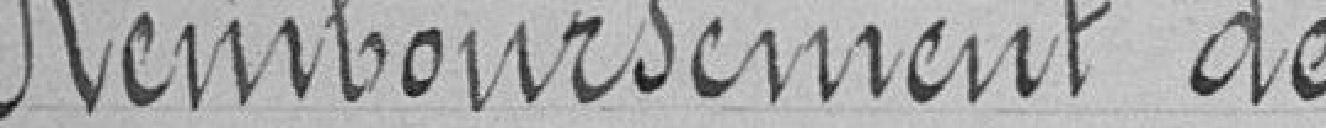
Remboursement de